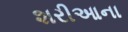
શરીઆના